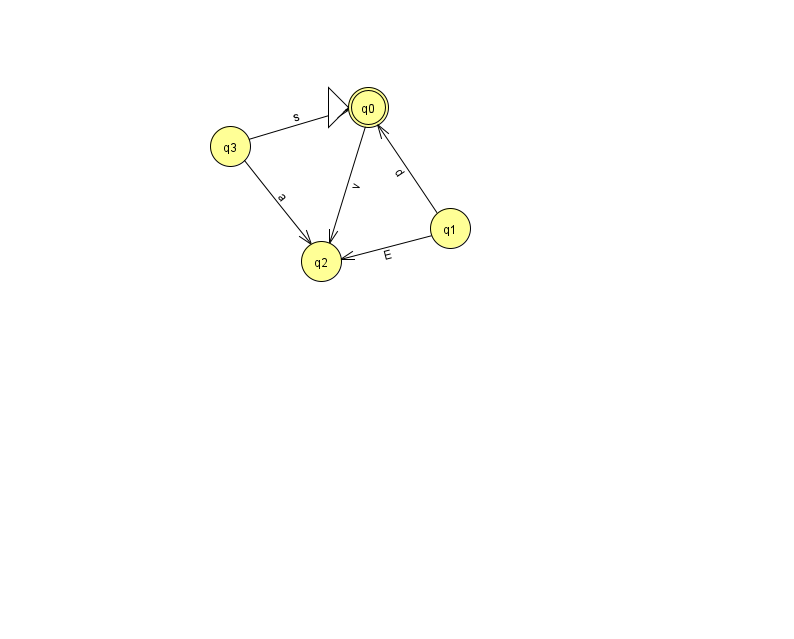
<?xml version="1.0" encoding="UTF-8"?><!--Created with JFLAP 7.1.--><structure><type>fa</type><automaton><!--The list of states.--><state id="0" name="q0"><x>368.0</x><y>94.0</y><initial/><final/></state><state id="1" name="q1"><x>450.0</x><y>215.0</y></state><state id="2" name="q2"><x>321.0</x><y>248.0</y></state><state id="3" name="q3"><x>230.0</x><y>133.0</y></state><state id="4" name="q4"><x>964.0</x><y>50.0</y></state><!--The list of transitions.--><transition><from>1</from><to>2</to><read>E</read></transition><transition><from>4</from><to>4</to><read>A</read></transition><transition><from>0</from><to>2</to><read>v</read></transition><transition><from>1</from><to>0</to><read>d</read></transition><transition><from>3</from><to>2</to><read>a</read></transition><transition><from>3</from><to>0</to><read>s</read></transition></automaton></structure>